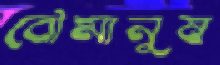
বৌমানুষ